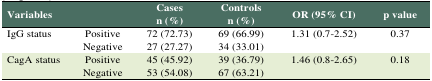
<table><thead><tr><td colspan="2"><b>Variables</b></td><td><b>Casesn (%)</b></td><td><b>Controlsn (%)</b></td><td><b>OR (95% CI)</b></td><td><b>p value</b></td></tr></thead><tbody><tr><td rowspan="2"><b>IgG status</b></td><td><b>Positive</b></td><td><b>72 (72.73)</b></td><td><b>69 (66.99)</b></td><td rowspan="2"><b>1.31 (0.7-2.52)</b></td><td><b>0.37</b></td></tr><tr><td><b>Negative</b></td><td><b>27 (27.27)</b></td><td><b>34 (33.01)</b></td><td></td></tr><tr><td rowspan="2"><b>CagA status</b></td><td><b>Positive</b></td><td><b>45 (45.92)</b></td><td><b>39 (36.79)</b></td><td rowspan="2"><b>1.46 (0.8-2.65)</b></td><td><b>0.18</b></td></tr><tr><td><b>Negative</b></td><td><b>53 (54.08)</b></td><td><b>67 (63.21)</b></td><td></td></tr></tbody></table>